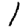
Digit: 1